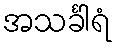
အသင်္ခါရံ